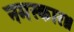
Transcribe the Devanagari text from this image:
नमस्कार॥